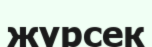
жүрсек